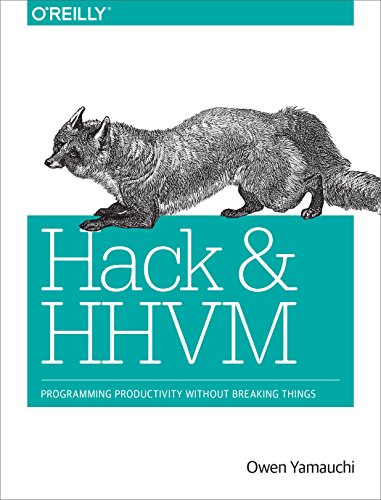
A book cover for Hack and HHVM: Programming Productivity Without Breaking Things; Owen Yamauchi; Computers & Technology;